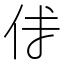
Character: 𠇇